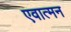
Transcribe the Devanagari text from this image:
एवात्मन